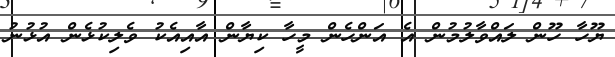
ޔޫހާ ހޫން ލައްވާލުމުން އެ އަންހެން މީހާ ކިޔާން އާއިއެކު ވެލިކުޅެން އުޅުނު